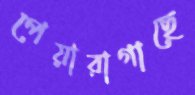
পেয়ারাগাছে